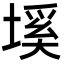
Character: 𡏛